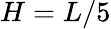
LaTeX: H=L/5